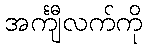
အင်္ကျီလက်ကို